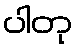
ပါတု